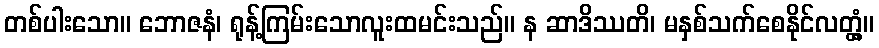
တစ်ပါးသော။ ဘောဇနံ၊ ရုန့်ကြမ်းသောလူးထမင်းသည်။ န ဆာဒိဿတိ၊ မနှစ်သက်စေနိုင်လတ္တံ့။